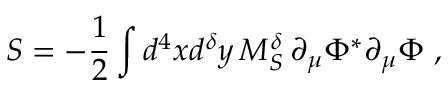
S = - \frac { 1 } { 2 } \int d ^ { 4 } x d ^ { \delta } y \, M _ { S } ^ { \delta } \, \partial _ { \mu } \Phi ^ { \ast } \partial _ { \mu } \Phi \ ,